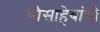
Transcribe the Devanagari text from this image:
भौसाहेबांची